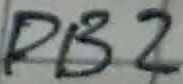
Text: DB2